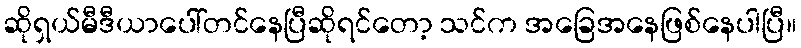
ဆိုရှယ်မီဒီယာပေါ်တင်နေပြီဆိုရင်တော့ သင်က အခြေအနေဖြစ်နေပါပြီ။